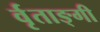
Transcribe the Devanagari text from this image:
र्वृताङ्गी